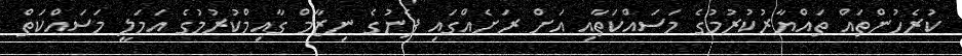
ކުރެހުންތައް ތައްޔާރުކުރުމުގެ މަސައްކަތާއި އަށް ރަށެއްގައި ފެނުގެ ނިޒާމް ގާއިމްކުރުމުގެ އަމަލީ މަސައްކަތް